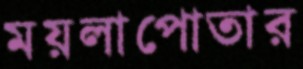
ময়লাপোতার